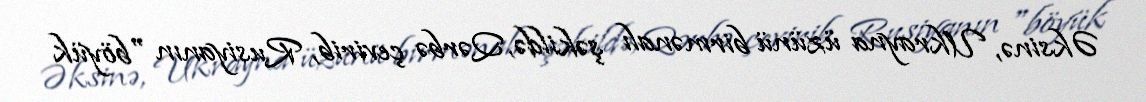
Əksinə, Ukrayna üzünü birmənalı şəkildə, Qərbə çevirib, Rusiyanın "böyük